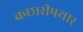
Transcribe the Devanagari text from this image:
कछारीपथार